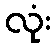
လုံး